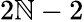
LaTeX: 2\mathbb{N}-2